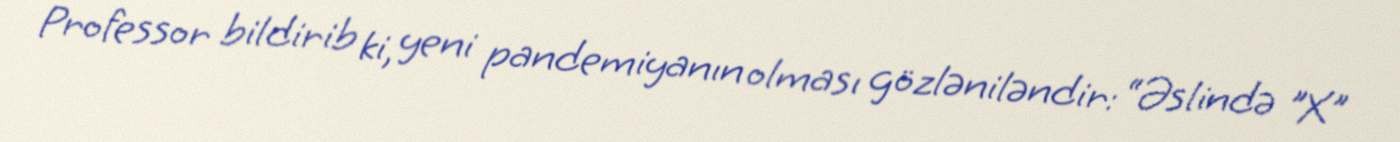
Professor bildirib ki, yeni pandemiyanın olması gözləniləndir: “Əslində "X"